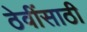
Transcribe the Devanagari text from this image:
ठेवींसाठी